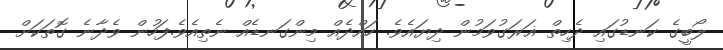
ލޯބީގެ ކަނޑުގައި ދެހިތް ޣަރަގުވަމުން ދިޔައެވެ. ހައްދެއް މިންގަނޑެއް ނެތިއެވެ.ފަހުން ވެދާނެ ގޮތަކަށް